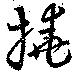
撓